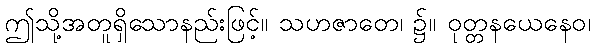
ဤသို့အတူရှိသောနည်းဖြင့်။ သဟဇာတေ၊ ၌။ ဝုတ္တနယေနေဝ၊